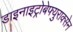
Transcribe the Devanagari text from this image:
डाइनाइट्रोबेफ्युराक्सेन